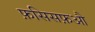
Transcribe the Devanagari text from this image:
फ़सिसफ़औ